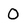
Character: 0